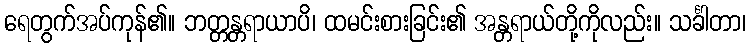
ရေတွက်အပ်ကုန်၏။ ဘတ္တန္တရာယာပိ၊ ထမင်းစားခြင်း၏ အန္တရာယ်တို့ကိုလည်း။ သင်္ခါတာ၊